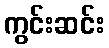
ကွင်းဆင်း